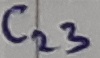
Text: C23